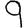
Digit: 9